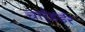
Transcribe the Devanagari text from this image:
चार्र्डर्डर